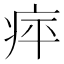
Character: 𤵣